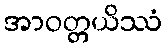
အာဝတ္တယိဿံ